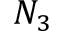
N _ { 3 }